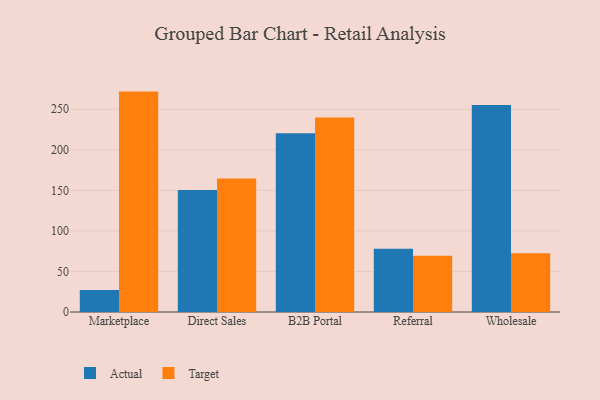
{"axis": {"x": "Channel", "y": "Net Income (USD K)"}, "legend": ["Actual", "Target"], "data": [{"x": "Marketplace", "y": 27.1, "type": "Actual"}, {"x": "Marketplace", "y": 271.8, "type": "Target"}, {"x": "Direct Sales", "y": 150.5, "type": "Actual"}, {"x": "Direct Sales", "y": 164.7, "type": "Target"}, {"x": "B2B Portal", "y": 220.5, "type": "Actual"}, {"x": "B2B Portal", "y": 240.0, "type": "Target"}, {"x": "Referral", "y": 78.1, "type": "Actual"}, {"x": "Referral", "y": 69.3, "type": "Target"}, {"x": "Wholesale", "y": 255.2, "type": "Actual"}, {"x": "Wholesale", "y": 72.5, "type": "Target"}]}